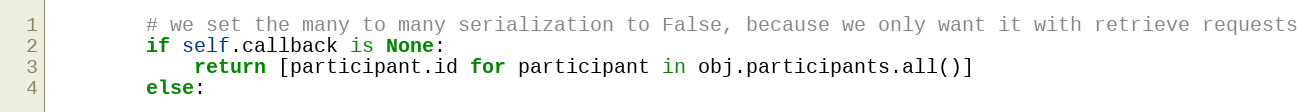
Language: Python
        # we set the many to many serialization to False, because we only want it with retrieve requests
        if self.callback is None:
            return [participant.id for participant in obj.participants.all()]
        else: